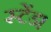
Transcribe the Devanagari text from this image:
स्टेंड।